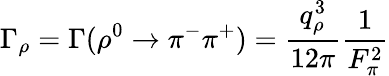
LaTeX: \Gamma_{\rho}=\Gamma(\rho^{0}\to\pi^{-}\pi^{+})={\frac{q_{\rho}^{3}}{12\pi}}{\frac{1}{F_{\pi}^{2}}}